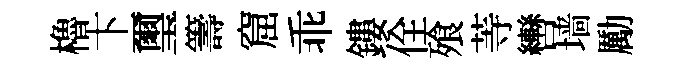
櫓卞璽籌窟乖鏤佺飱䓁轡墙勵